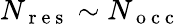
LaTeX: N_{\mathrm{~r~e~s~}}\sim N_{\mathrm{~o~c~c~}}